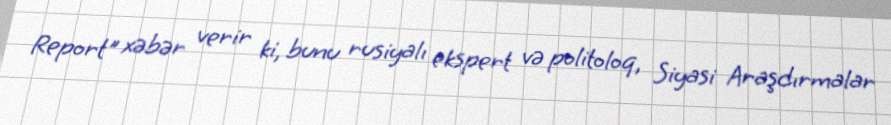
Report" xəbər verir ki, bunu rusiyalı ekspert və politoloq, Siyasi Araşdırmalar